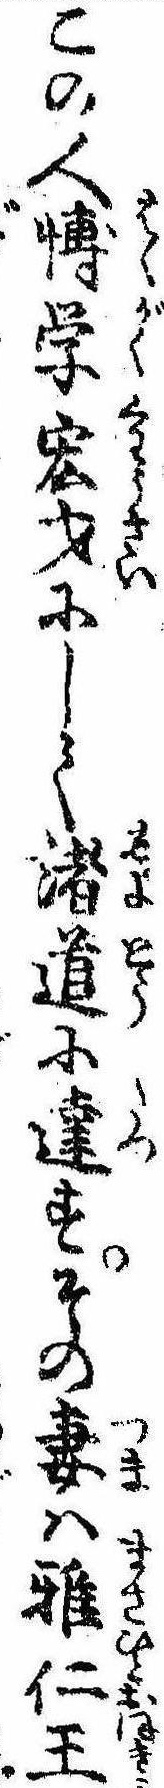
この人愽学宏才にして諸道に達すその妻は雅仁王